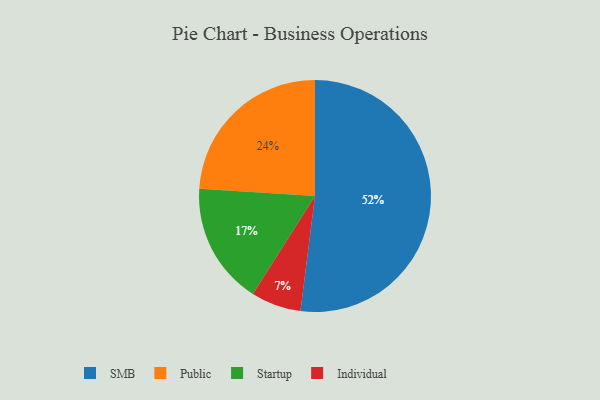
{"axis": {"x": "Category", "y": "Percentage"}, "legend": ["Individual", "Public", "SMB", "Startup"], "data": [{"x": "Startup", "y": 17, "type": "Startup"}, {"x": "SMB", "y": 52, "type": "SMB"}, {"x": "Individual", "y": 7, "type": "Individual"}, {"x": "Public", "y": 24, "type": "Public"}]}